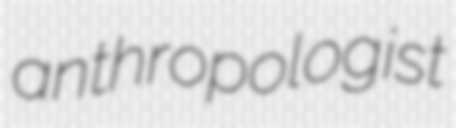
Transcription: anthropologist